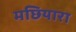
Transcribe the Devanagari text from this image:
मछियारा